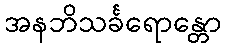
အနဘိသင်္ခရောန္တော